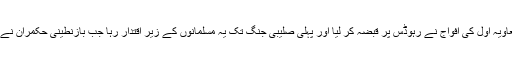
672ء میں اموی خلیفہ معاویہ اول کی افواج نے رہوڈس پر قبضہ کر لیا اور پہلی صلیبی جنگ تک یہ مسلمانوں کے زیر اقتدار رہا جب بازنطینی حکمران نے اسے واپس حاصل کر لیا۔